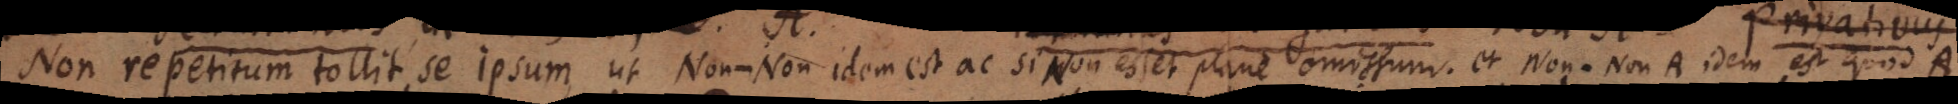
Non repetitum tollit se ipsum, ut Non‐Non idem est ac si Non esset plane omissum, et Non‐Non A idem est quod A